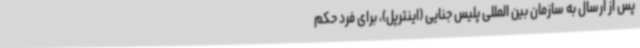
پس از ارسال به سازمان بین المللی پلیس جنایی (اینترپل)، برای فرد حکم